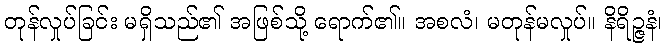
တုန်လှုပ်ခြင်း မရှိသည်၏ အဖြစ်သို့ ရောက်၏။ အစလံ၊ မတုန်မလှုပ်။ နိရိဉ္ဇနံ၊